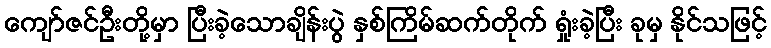
ကျော်ဇင်ဦးတို့မှာ ပြီးခဲ့သောချိန်းပွဲ နှစ်ကြိမ်ဆက်တိုက် ရှုံးခဲ့ပြီး ခုမှ နိုင်သဖြင့်